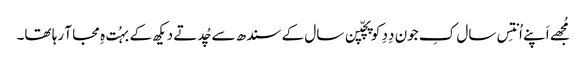
مُجھے اَپنے اُنتِس سال کِ جون دِدِ کو پچّپن سال کے سندھ سے چُدتے دیکھ کے بہُت ہِ مجا آ رہا تھا۔